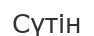
Сүтін